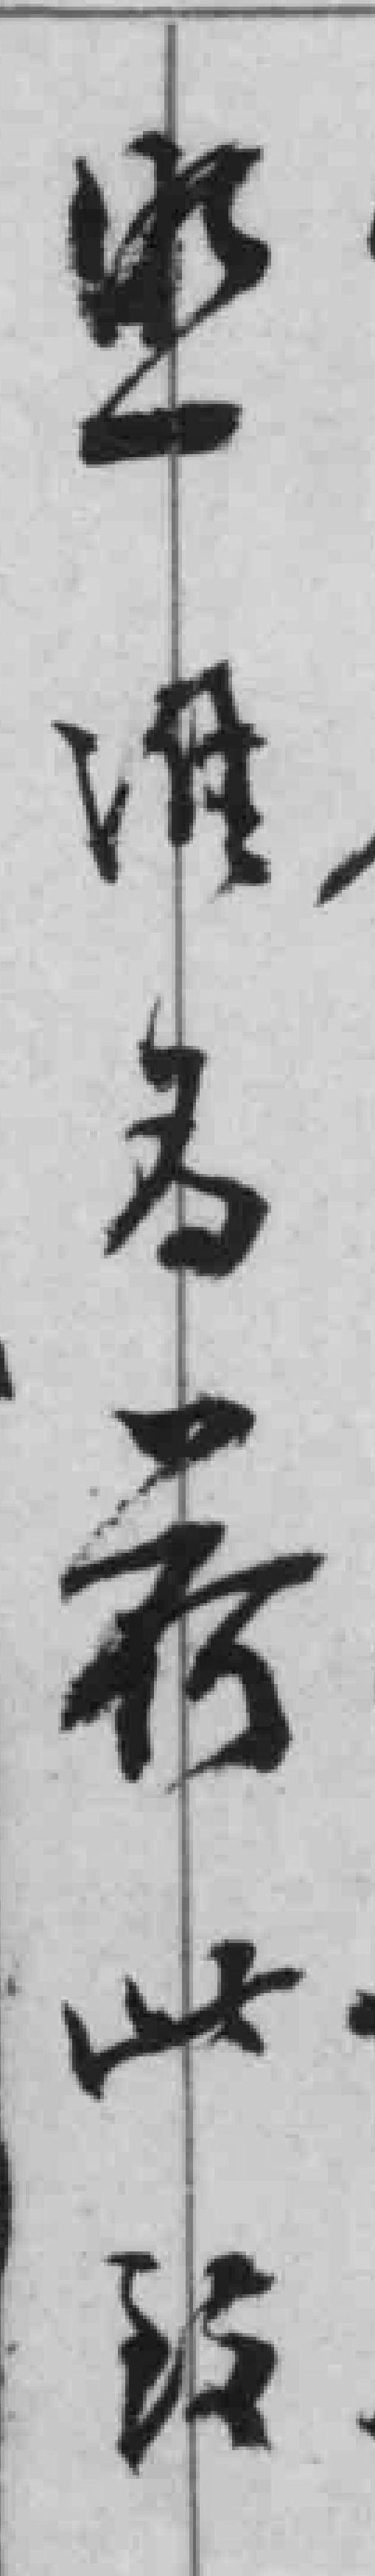
*淮名*此*